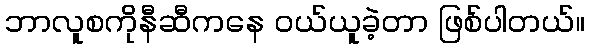
ဘာလူစကိုနီဆီကနေ ဝယ်ယူခဲ့တာ ဖြစ်ပါတယ်။